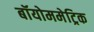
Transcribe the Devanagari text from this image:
बॉयोममेट्रिक